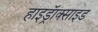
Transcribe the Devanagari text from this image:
हाइड्रॅाक्साइड